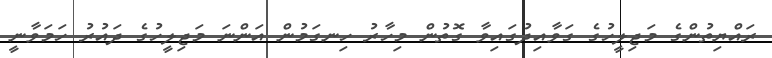
ރައްޔިތުންގެ މަޖިލީހުގެ ގަވާއިދުގައިވާ ގޮތުން މިހާރު ހިނގަމުން އަންނަ މަޖިލީހުގެ ދައުރު ހަމަވާނީ